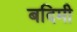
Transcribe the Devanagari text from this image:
बदिमी